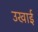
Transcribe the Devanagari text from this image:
उखाई